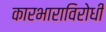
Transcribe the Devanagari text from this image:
कारभाराविरोधी